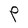
Character: P